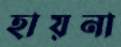
হায়না